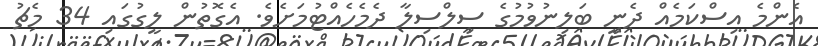
އެންމެ އިސްކަމެއް ދެނީ ބަލިނުވުމުގެ ސިލްސިލާ ދެމެހެއްޓުމަށެވެ. އެގޮތުން ލީގުގައި 34 މެޗު